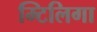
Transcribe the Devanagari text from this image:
म्टिलिगा